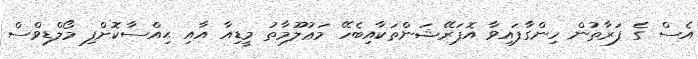
އެސް ގެ ފަރާތުން ހިންގާފައިވާ އޮޕަރޭޝަންތަކާއިބެހޭ މަޢުލޫމާތު މީޑިއާ އާއި ޙިއްސާކޮށްފި މޯލްޑިވްސް